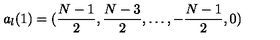
a _ { l } ( 1 ) = ( { \frac { N - 1 } { 2 } } , { \frac { N - 3 } { 2 } } , \dots , - { \frac { N - 1 } { 2 } } , 0 )